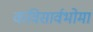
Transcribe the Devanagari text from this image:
कविसार्वभोमा